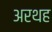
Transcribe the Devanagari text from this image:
अरथह